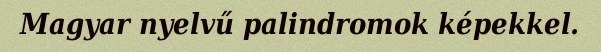
Magyar nyelvű palindromok képekkel.